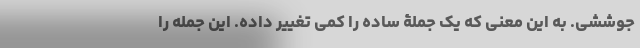
جوششی. به این معنی که یک جملۀ ساده را کمی تغییر داده. این جمله را